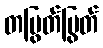
တပြွတ်ပြွတ်